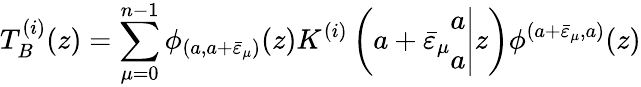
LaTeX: T_{B}^{(i)}(z)=\displaystyle\sum_{\mu=0}^{n-1}\phi_{(a,a+\bar{\varepsilon}_{\mu})}(z)K^{(i)}\left(\left.a+\bar{\varepsilon}_{\mu}\begin{array}{c}{{a}}\\ {{a}}\end{array}\right|z\right)\phi^{(a+\bar{\varepsilon}_{\mu},a)}(z)